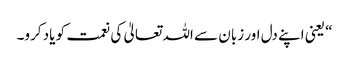
“ یعنی اپنے دل اور زبان سے اللہ تعالیٰ کی نعمت کو یاد کرو۔